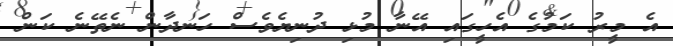
އެ މީރު ކަމުގެ އެހީގައި އޭނާ މުޅި ދުނިޔެވެސް ހަނދާން ނެތޭނެ ކަން